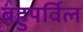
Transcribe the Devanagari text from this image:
बहुपर्विल